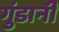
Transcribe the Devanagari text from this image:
गुंडानी